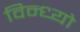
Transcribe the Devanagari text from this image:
विन्ध्यो